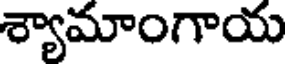
శ్యామాంగాయ